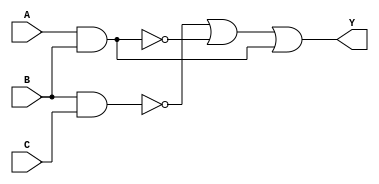
module comb_logic_block (
    input wire A, // First input
    input wire B, // Second input
    input wire C, // Third input
    output wire Y // Output
);

// Combinational Logic
assign Y = (B ~& C) | (A ~& B) | (A & B); // Y = B'C + A'B + AB

endmodule